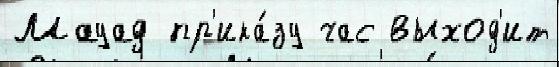
Мауад пр'ика́зу час выход'ит